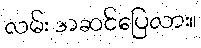
လမ်း အဆင်ပြေလား။